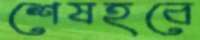
শেষহবে